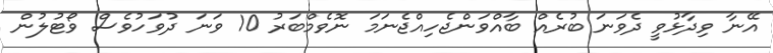
އޭނާ ވިދާޅުވީ ދެވަނަ ބުރެއް ބާއްވަންޖެހިއްޖެނަމަ ނޮވެމްބަރު 10 ވަނަ ދުވަހުވެސް ވޯޓުލުން